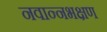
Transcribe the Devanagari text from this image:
नवान्नभक्षण